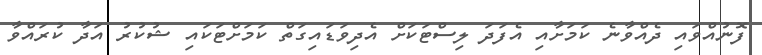
ފޮނުއްވައި ދެއްވާނެ ކަމަށާއި އެފަދަ ލިސްޓަކަށް އެދިވަޑައިގަތް ކަމަށްޓަކައި ޝުކުރު އަދާ ކުރައްވާ